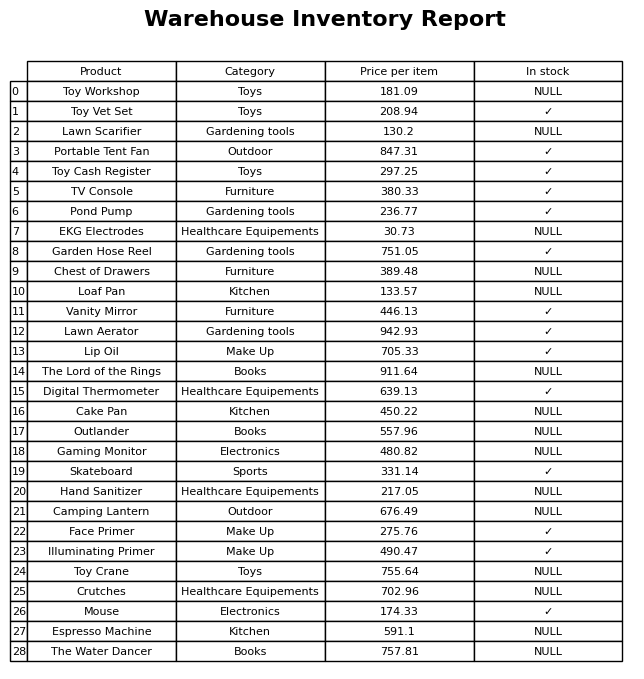
question: What is the price of the Lip Oil?
answer: The price of Lip Oil is 705.33.